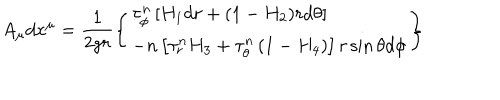
A _ { \mu } d x ^ { \mu } = \frac { 1 } { 2 g r } \left\{ \begin{array} { l } { { \displaystyle { \tau _ { \phi } ^ { n } \left[ H _ { 1 } d r + ( 1 - H _ { 2 } ) r d \theta \right] } } } \\ { { \displaystyle { - n \left[ \tau _ { r } ^ { n } H _ { 3 } + \tau _ { \theta } ^ { n } \left( 1 - H _ { 4 } \right) \right] r \sin \theta d \phi } } } \\ \end{array} \right\}